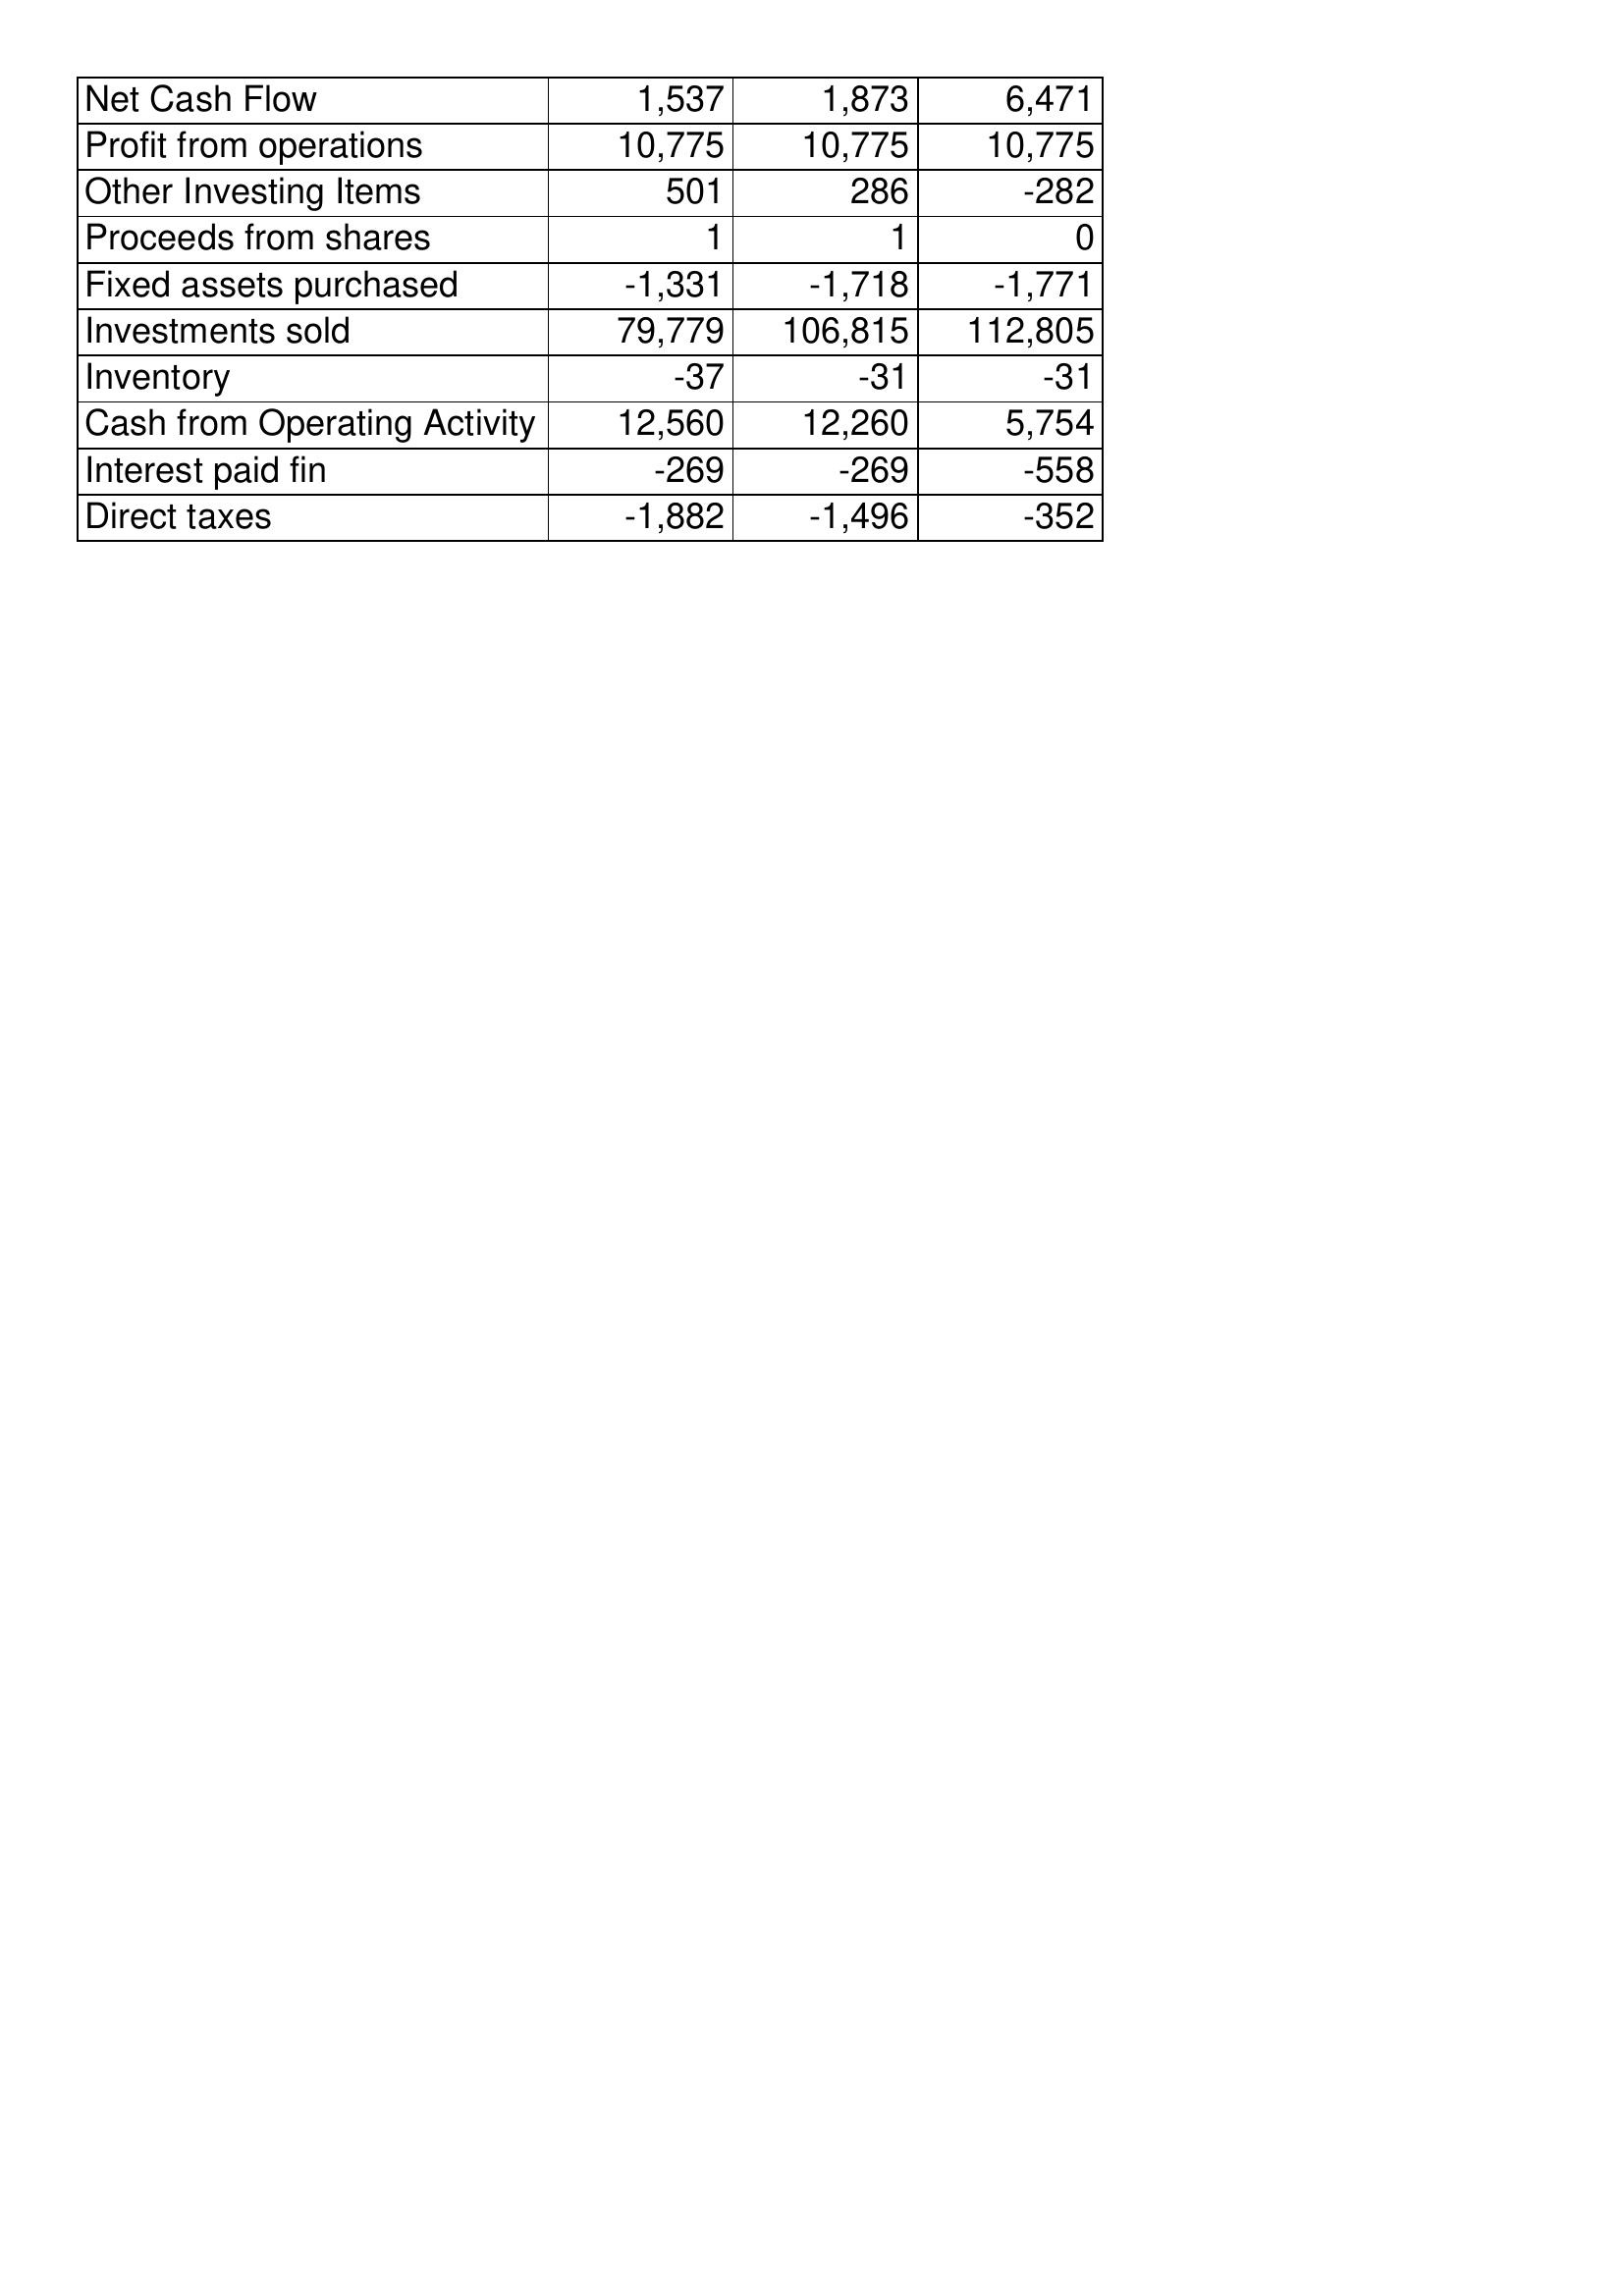
Aug-19: Cash Flows: Net Cash Flow: 1,537
Profit from operations: 10,775
Other Investing Items: 501
Proceeds from shares: 1
Fixed assets purchased: -1,331
Investments sold: 79,779
Inventory: -37
Cash from Operating Activity: 12,560
Interest paid fin: -269
Direct taxes: -1,882
Aug-18: Cash Flows: Net Cash Flow: 1,873
Profit from operations: 10,775
Other Investing Items: 286
Proceeds from shares: 1
Fixed assets purchased: -1,718
Investments sold: 106,815
Inventory: -31
Cash from Operating Activity: 12,260
Interest paid fin: -269
Direct taxes: -1,496
Aug-17: Cash Flows: Net Cash Flow: 6,471
Profit from operations: 10,775
Other Investing Items: -282
Proceeds from shares: 0
Fixed assets purchased: -1,771
Investments sold: 112,805
Inventory: -31
Cash from Operating Activity: 5,754
Interest paid fin: -558
Direct taxes: -352